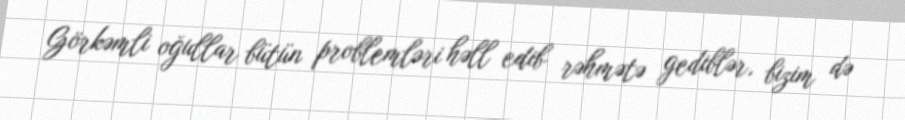
Görkəmli oğullar bütün problemləri həll edib rəhmətə gediblər, bizim də